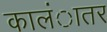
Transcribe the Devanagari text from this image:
कालंातर